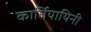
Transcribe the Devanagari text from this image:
कार्तियायिनी